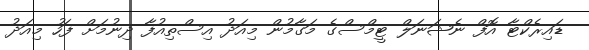
ޑައިރެކްޓާ އޮފް ނެޝަނަލް ޓީމްސްގެ މަގާމުން މިއަދު އިސްތިއުފާ ދިނުމަށް ފަހު މިއަދު